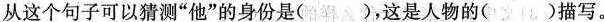
知道什么东西。衣服和裤子破烂肮脏得看不出本来的颜色，好像从来